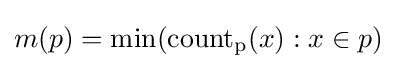
m(p)=\min(\mathrm {count_{p}} (x):x\in p)